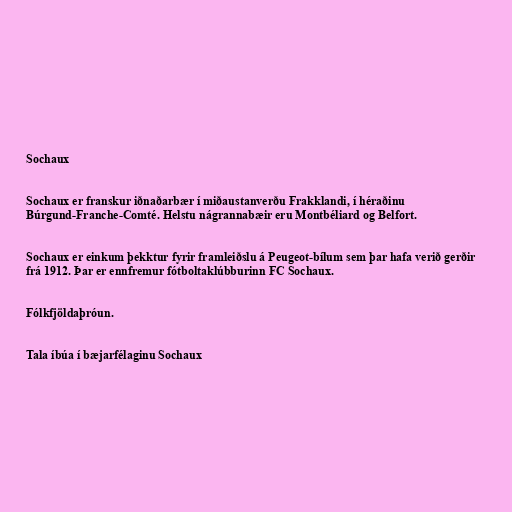
Sochaux

Sochaux er franskur iðnaðarbær í miðaustanverðu Frakklandi, í héraðinu
Búrgund-Franche-Comté. Helstu nágrannabæir eru Montbéliard og Belfort.

Sochaux er einkum þekktur fyrir framleiðslu á Peugeot-bílum sem þar hafa verið gerðir
frá 1912. Þar er ennfremur fótboltaklúbburinn FC Sochaux.

Fólkfjöldaþróun.

Tala íbúa í bæjarfélaginu Sochaux